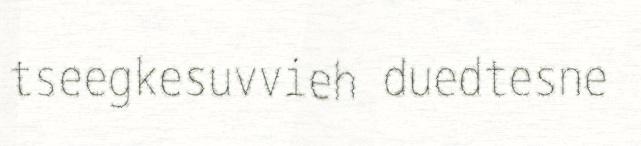
tseegkesuvvieh duedtesne